Leaving Certificate Examination, 1921
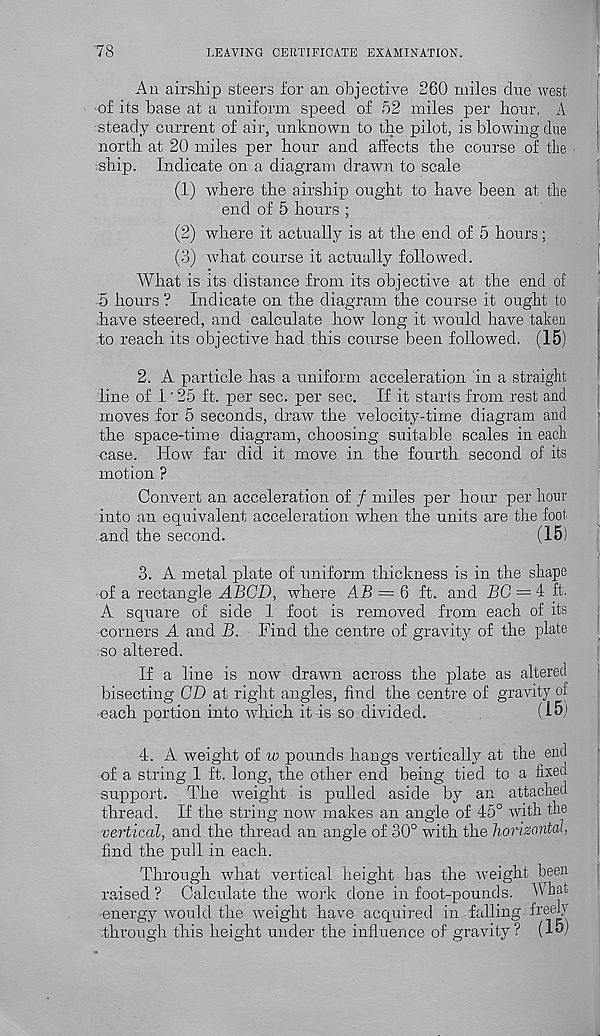
78
LEAVING CERTIFICATE EXAMINATION.
An airship steers for an objective 260 miles due west
of its base at a uniform speed of 52 miles per hour. A
steady current of air, unknown to the pilot, is blowing due
north at 20 miles per hour and affects the course of the
:ship. Indicate on a diagram drawn to scale
(1) where the airship ought to have been at the
end of 5 hours ;
(2) where it actually is at the end of 5 hours;
(3) what course it actually followed.
What is its distance from its objective at the end of
5 hours ? Indicate on the diagram the course it ought to
have steered, and calculate how long it would have taken
to reach its objective had this course been followed. (15)
2. A particle has a uniform acceleration in a straight
line of 1 ‘ 25 ft. per sec. per sec. If it starts from rest and
moves for 5 seconds, draw the velocity-time diagram and
the space-time diagram, choosing suitable scales in each
case. How far did it move in the fourth second of its
motion ?
Convert an acceleration of / miles per hour per hour
into an equivalent acceleration when the units are the foot
and the second.
(15)
3. A metal plate of uniform thickness is in the shape
of a rectangle ABCD, where AB = 6 ft. and BG = 4 ft.
A square of side 1 foot is removed from each of its
corners A and B. Find the centre of gravity of the plate
so altered.
If a line is now drawn across the plate as altered
bisecting CD at right angles, find the centre of gravity of
-each portion into which it is so divided.
(l&j
4-. A weight of w pounds hangs vertically at the end
of a string 1 ft. long, the other end being tied to a fixed
support. The weight is pulled aside by an attached
thread. If the string now makes an angle of 45° with the
vertical, and the thread an angle of 30° with the horizontal,
find the pull in each.
Through what vertical height Las the weight been
raised? Calculate the work done in foot-pounds. What
energy would the weight have acquired in falling ireeb
through this height under the influence of gravity ? (Hv